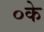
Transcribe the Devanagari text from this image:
०के